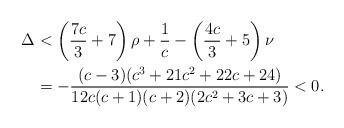
LaTeX: \begin{align*} \Delta &< \left( \frac {7c}3 + 7 \right)\rho + \frac 1c - \left(\frac {4c}3+5\right)\nu \\ &= -\frac {(c-3) (c^3 + 21c^2 + 22c + 24)}{12 c (c+1) (c+2) (2c^2 + 3c + 3)} < 0. \end{align*}